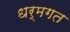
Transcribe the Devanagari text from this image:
धर्मगत